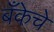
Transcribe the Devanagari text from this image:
बॅँकेचे